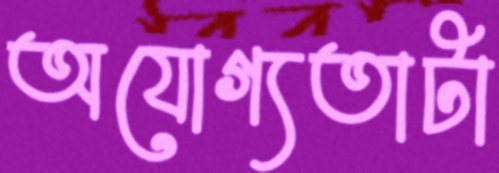
অযোগ্যতাটা